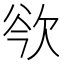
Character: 𣢲